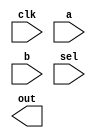

module mul_div_new(
	clk, a, b, sel, out
);

	parameter width=32;

	input clk, sel;
	input [width-1:0] a, b;
	output reg [2*width - 1:0] out;


endmodule

module mul_div(
	clk, mult, s, a, b, hilo
);
	// parameters
	parameter width = 32;
	
	// ==== io =====
	input clk, mult, s;
	input [width  - 1:0] a, b;
	output reg [width * 2 - 1:0] hilo;
	
	// local modules
	
	
	// local data
	reg [width - 1:0] multiplicand_divisor;
	reg [2 * width - 1:0] product;
	wire a_pos, b_pos, out_sign;
	
	integer i;
	
	// static assignments
	assign a_pos = a[width - 1] == 0;
	assign b_pos = b[width - 1] == 0;
	assign out_sign = a_pos | b_pos;
	
	always @ (posedge clk)
	begin	
		if(mult)
		begin
			hilo = {b, 32'b0};
			
			for(i = 0; i < 32; i = i + 1)
			begin
				if(hilo[0])
					hilo[63:32] = hilo[63:32] + a;
				hilo = hilo >> 1;
			end
	
		end
		else
		begin
			hilo = {32'b0, a};
			
			for(i = 0; i < 33; i = i + 1)
			begin
				hilo = a *b;
			end
		end
		
	end
	

endmodule